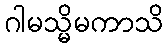
ဂါမသ္မိမကာသိ